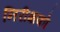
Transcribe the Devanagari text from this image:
निरीक्षको